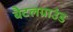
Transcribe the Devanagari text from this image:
बैटलग्राउंड